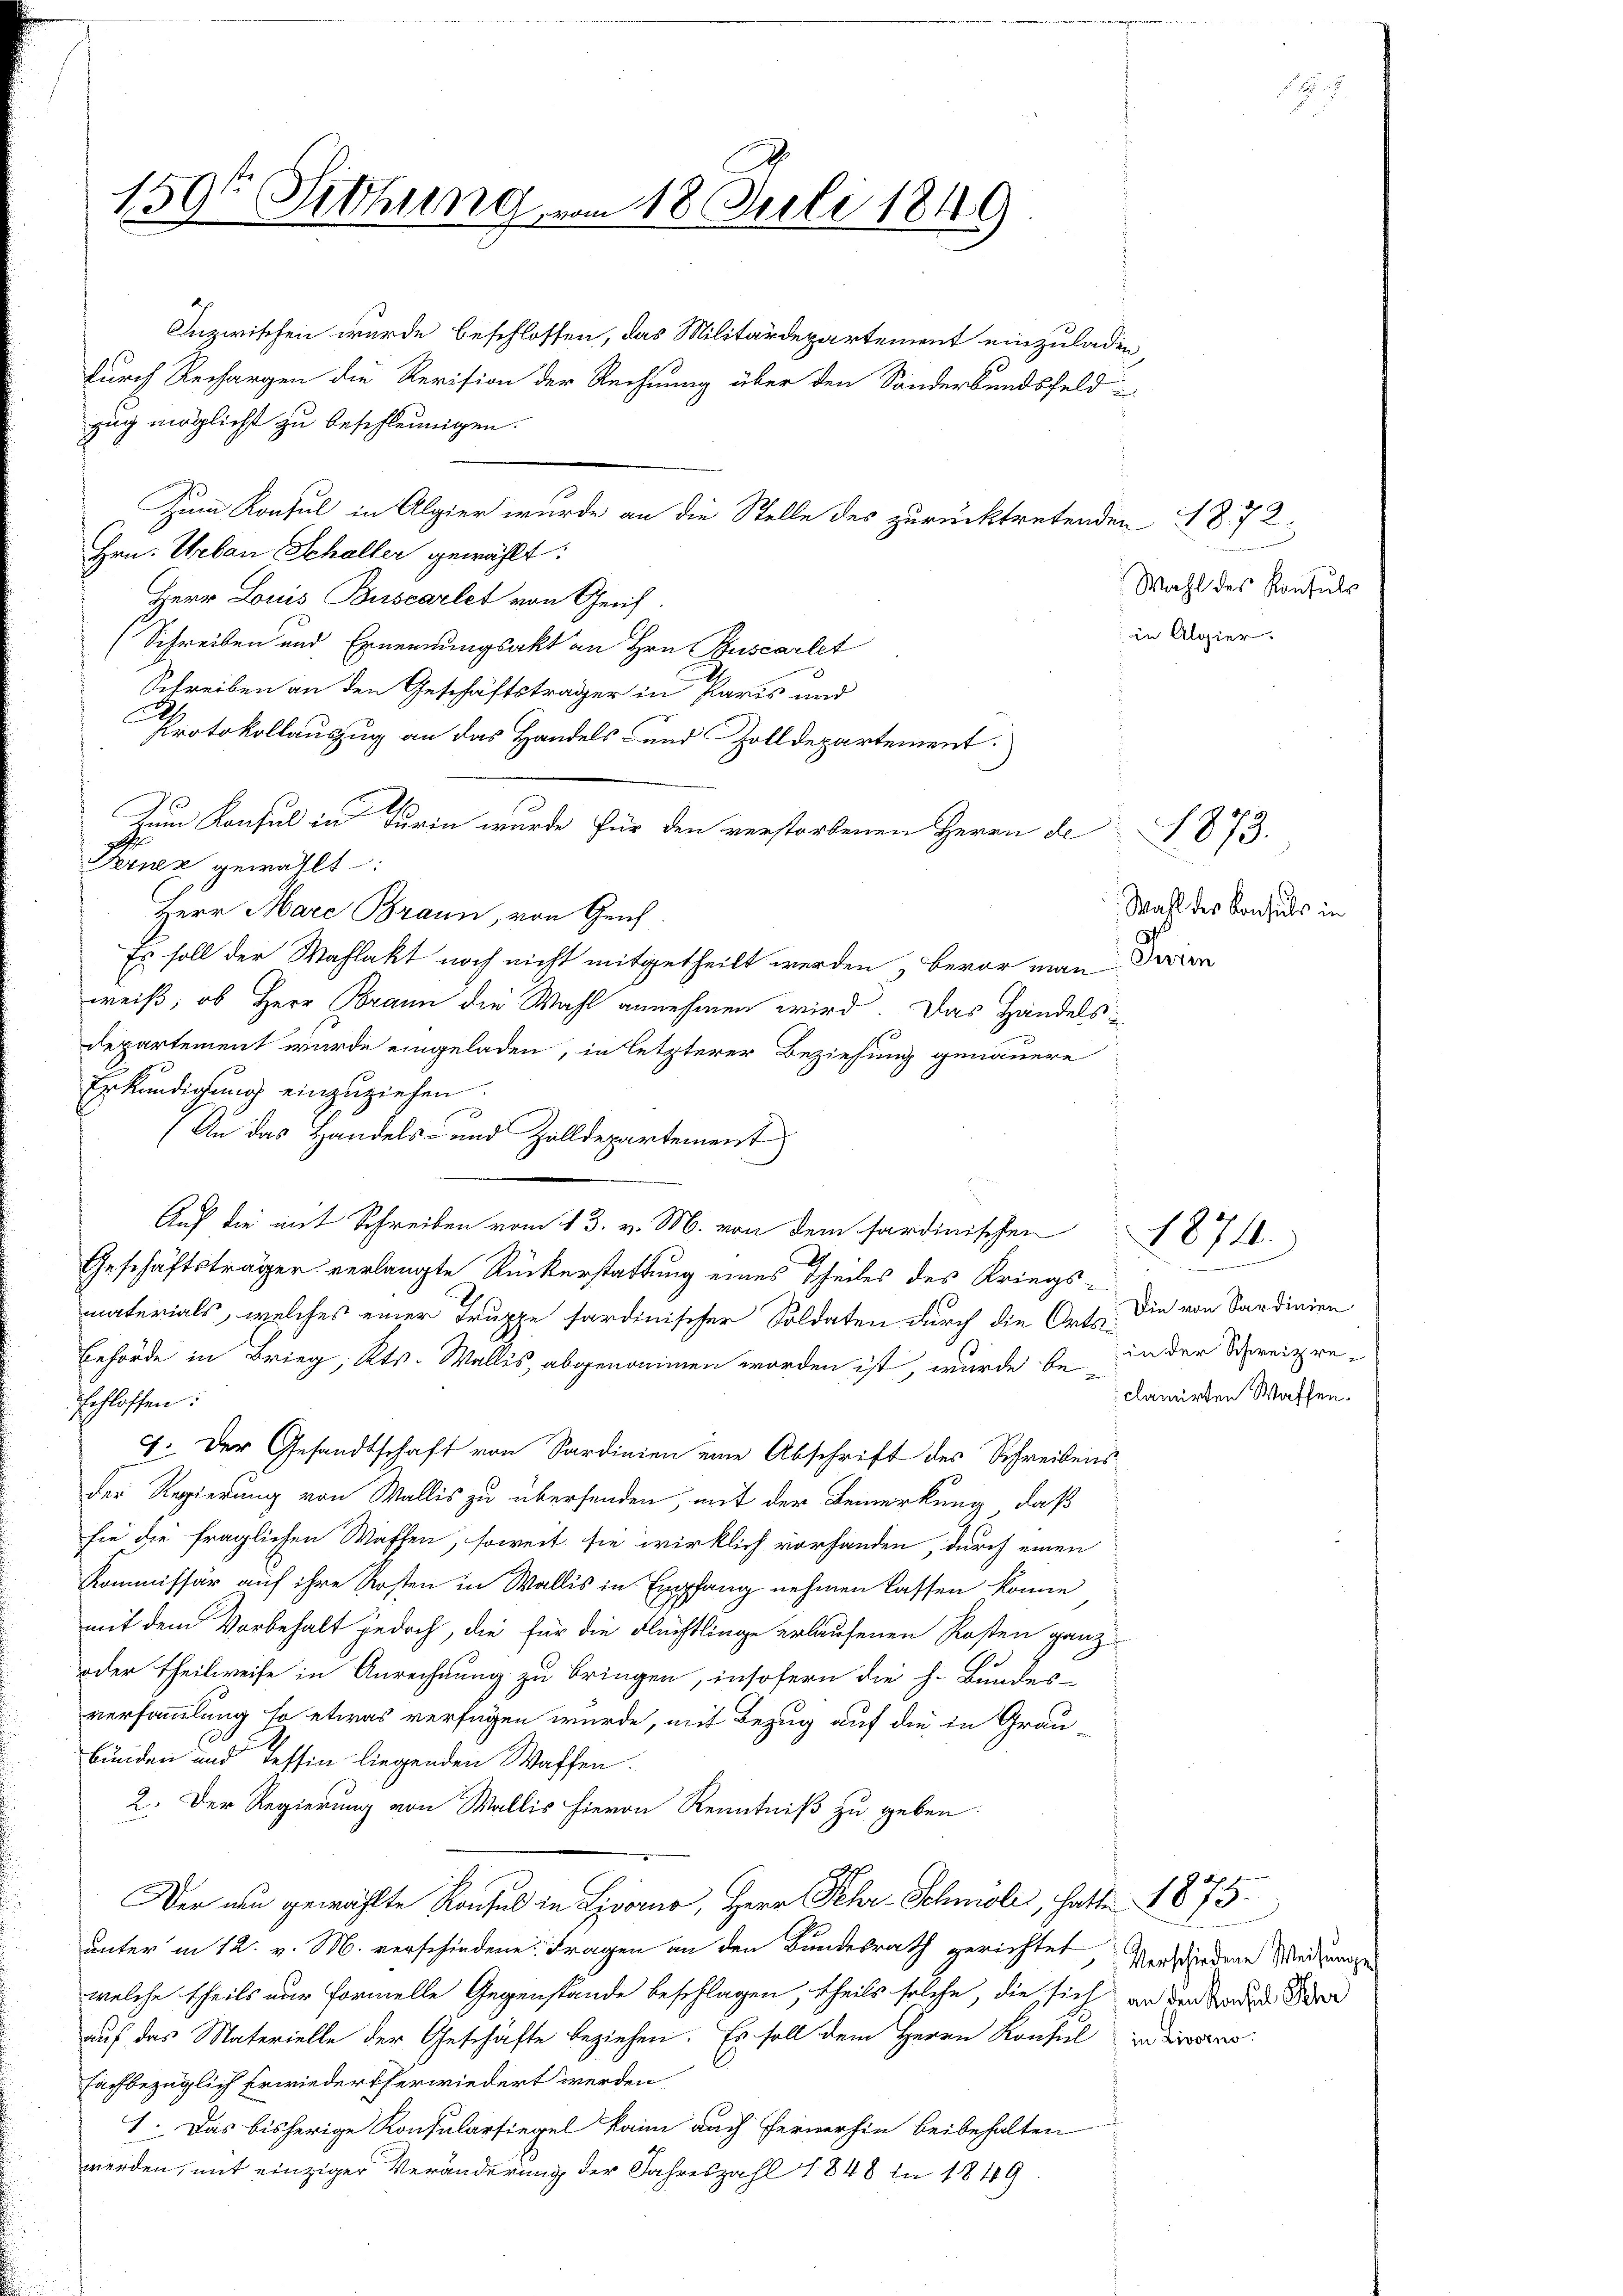
150te Sitzung am 18. Juli 1849

zug möglicht zu beschleunigen.
Zum Konsul in Algier wurde an die Stelle des zurücktretenden 1872
Hrn. Urban Schaller gewählt:
Herr Louis Buscarlet von Gerich
Schreiben und Ernennungsakt an Hrn. Ruscartet
Schreiben an den Geschäftsträger in Paris und
Protokollauszug an das Handels- und Zolldepartement.
Dem Konsul in Turin wurde für den verstorbenen Herrn de
Fornen gewählt:
Herr Mare Braun, von Geich
Es soll der Wahlakt noch nicht mitgetheilt werden, bevor man
weiß, ob Herr Brann die Wahl annehmen wird. Das Handels-
departement wurde eingeladen, in letzterer Beziehung genauere
Erkundigung einzuziehen.
An das Handels- und Zolldepartement
Auf die mit Schreiben vom 13. v. M. von dem sardinischen 1871.
Geschäftsträger verlangte Rückerstattung eines Theiles des Kriegsmaterials, welches einer Truppe fardinischer Soldaten durch die Ortsi¬
Behörde in Brieg, Kts. Wallis, abgenommen worden ist, wurde bei in der Seizreschlossen:
4. Der Gesandtschaft von Sardinien eine Abschrift des Schreibens
der Regierung von Wallis zu übersenden, mit der Bemerkung, daß
sie die fraglichen Waffen, soweit sie wirklich vorhanden, durch einen
Kommissär auf ihre Kosten in Wallis in Empfang nehmen lassen könne
mit dem Vorbehalt jedoch, die für die Flüchtlinge erlaufenen Kosten ganz
e
oder Theilweise in Anrechnung zu bringen, insofern die h. Bundes-
versammlung so etwas verfügen wurde, mit Bezug auf die in Grau-
bünden und Tessin liegenden Waffen.
2. Der Regierung von Wallis hievon Kenntniß zu geben.
Der an gewählte Konsul in Livorno, Herr Sehr Schmöll, hatte 1873.
unter in 12. v. M. verschiedene Fragen an den Bundesrath gerichtet versiedene Weisungen
welche theils nur formelle Gegenstände beschlagen, theils solche, die sich an der Baden Be
auf das Materielle der Geschäfte beziehen. Es soll dem Herrn Konsul in dieser
fachbezüglich Erwiedertherwiedert werden
1. Das bisherige Konsularsiegel kam auch Fernerhin beibehalten
werden, mit einziger Veränderung der Jahreszahl 1848 in 1849

Inzwischen wurde beschlossen, das Militärdepartement einzuladen,
durch Rechargen die Revision der Rechnung über den Sonderbundsfeld-

Wahl des Konsuls
in Algier

Wahl der Konsuls in
Person

1873.

Die von Sardinien
clamirten Waffen.